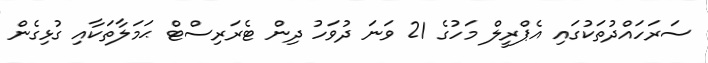
ސަރަހައްދުތަކުގައި އެޕްރީލް މަހުގެ 21 ވަނަ ދުވަހު ދިން ޓެރަރިސްޓް ޙަމަލާތަކާއި ގުޅިގެން